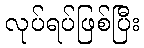
လုပ်ရပ်ဖြစ်ပြီး